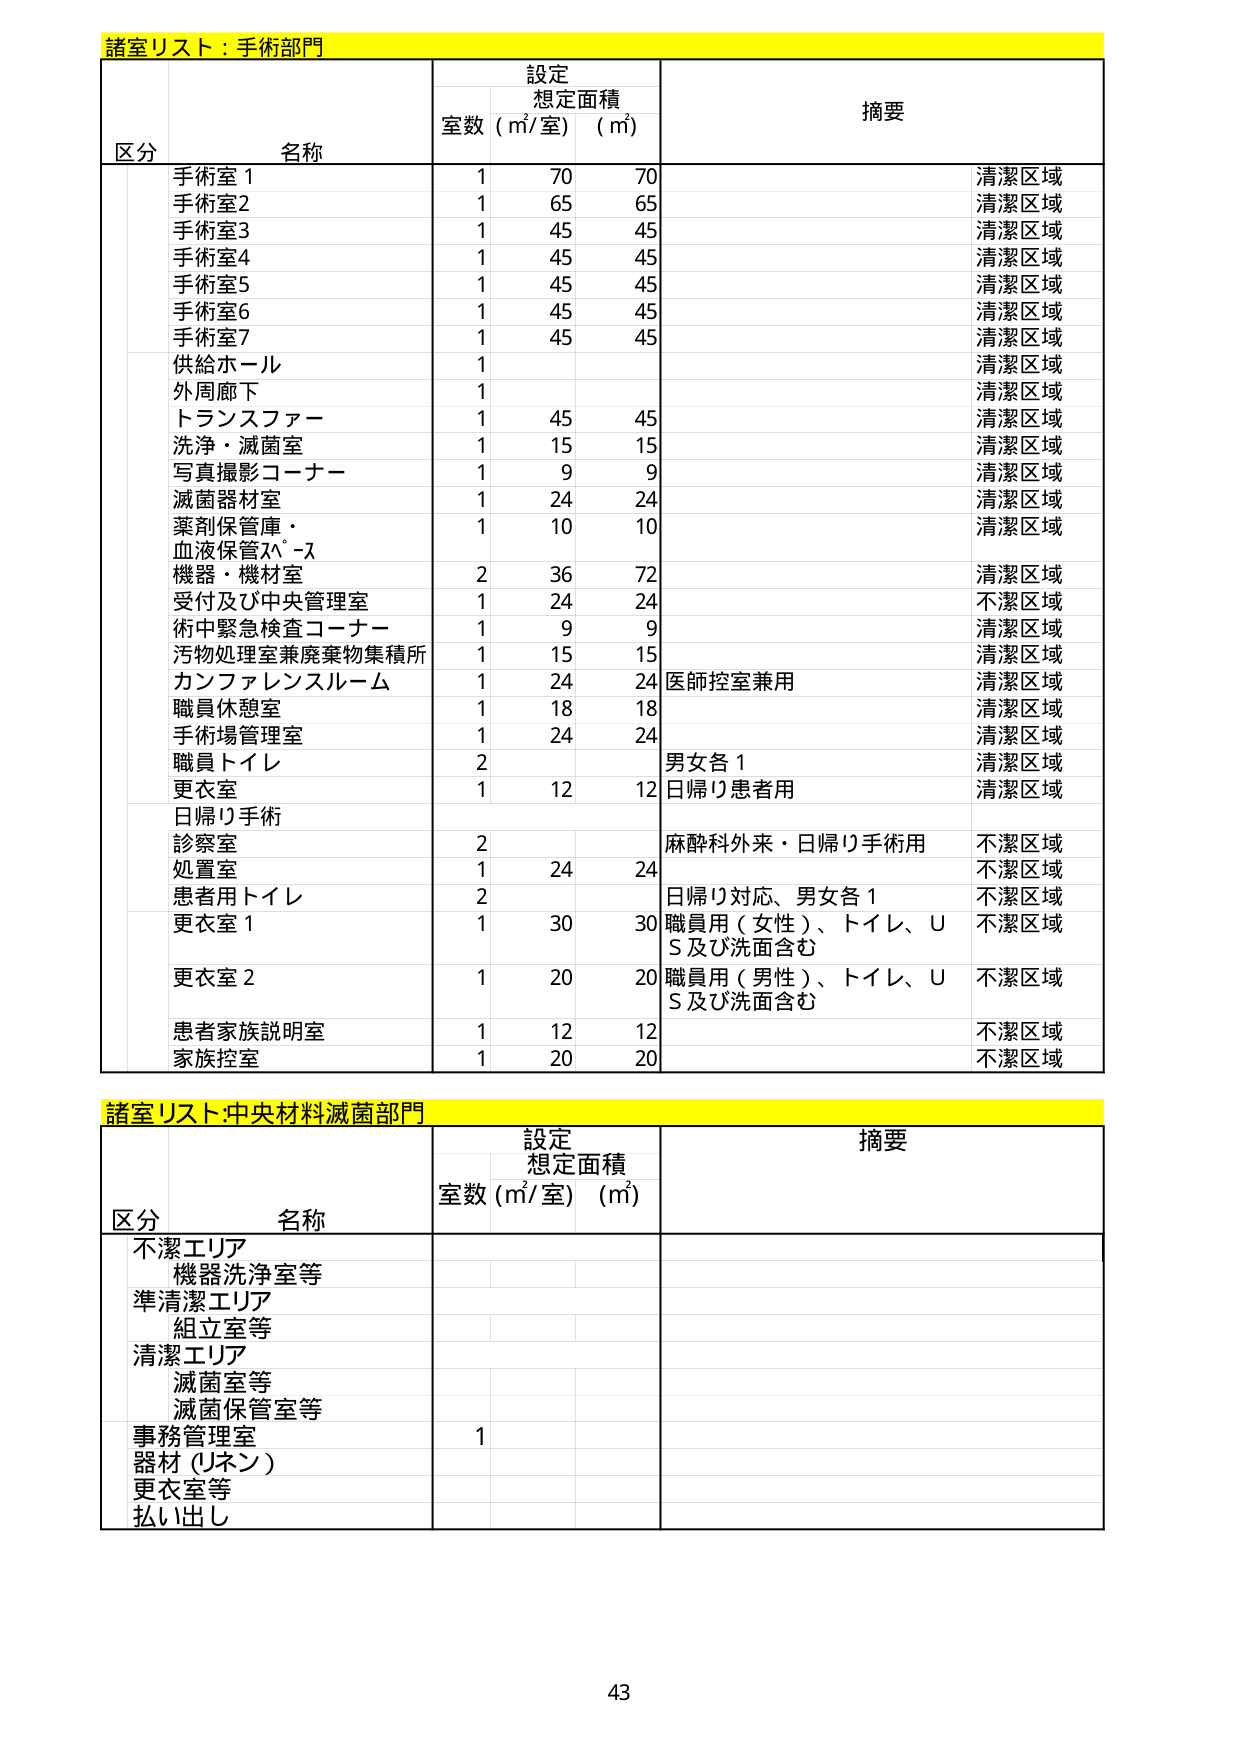
諸室リスト：手術部門

区分 名称 設定 想定面積 摘要
室数 (㎡/室) (㎡)

手術室1 1 70 70 清潔区域
手術室2 1 65 65 清潔区域
手術室3 1 45 45 清潔区域
手術室4 1 45 45 清潔区域
手術室5 1 45 45 清潔区域
手術室6 1 45 45 清潔区域
手術室7 1 45 45 清潔区域
供給ホール 1 清潔区域
外周廊下 1 清潔区域
トランスファー 1 45 45 清潔区域
洗浄・滅菌室 1 15 15 清潔区域
写真撮影コーナー 1 9 9 清潔区域
滅菌器材室 1 24 24 清潔区域
薬剤保管庫・ 1 10 10 清潔区域
血液保管ｽﾍﾟｰｽ
機器・機材室 2 36 72 清潔区域
受付及び中央管理室 1 24 24 不潔区域
術中緊急検査コーナー 1 9 9 清潔区域
汚物処理室兼廃棄物集積所 1 15 15 清潔区域
カンファレンスルーム 1 24 24 医師控室兼用 清潔区域
職員休憩室 1 18 18 清潔区域
手術場管理室 1 24 24 清潔区域
職員トイレ 2 男女各1 清潔区域
更衣室 1 12 12 日帰り患者用 清潔区域
日帰り手術
診察室 2 麻酔科外来・日帰り手術用 不潔区域
処置室 1 24 24 不潔区域
患者用トイレ 2 日帰り対応、男女各1 不潔区域
更衣室1 1 30 30 職員用（女性）、トイレ、U 不潔区域
S及び洗面含む
更衣室2 1 20 20 職員用（男性）、トイレ、U 不潔区域
S及び洗面含む
患者家族説明室 1 12 12 不潔区域
家族控室 1 20 20 不潔区域

諸室リスト：中央材料滅菌部門

区分 名称 設定 想定面積 摘要
室数 (㎡/室) (㎡)

不潔エリア
機器洗浄室等
準清潔エリア
組立室等
清潔エリア
滅菌室等
滅菌保管室等
事務管理室 1
器材（Uネン）
更衣室等
払い出し

43